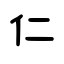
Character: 仁